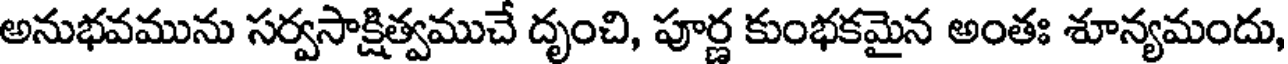
అనుభవమును సర్వసాక్షిత్వముచే దృంచి, పూర్ణ కుంభకమైన అంతః శూన్యమందు,